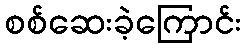
စစ်ဆေးခဲ့ကြောင်း